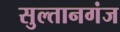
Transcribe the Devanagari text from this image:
सुल्‍तानगंज